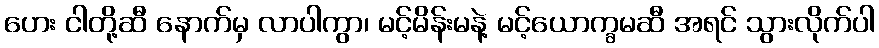
ဟေး ငါတို့ဆီ နောက်မှ လာပါကွာ၊ မင့်မိန်းမနဲ့ မင့်ယောက္ခမဆီ အရင် သွားလိုက်ပါ